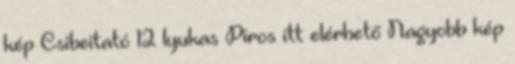
kép Csibeitató 12 lyukas Piros itt elérhető Nagyobb kép